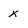
Character: x